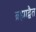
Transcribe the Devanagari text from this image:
ब्रह्माद्वैत